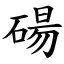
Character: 碭